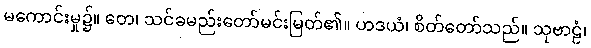
မကောင်းမှု၌။ တေ၊ သင်ခမည်းတော်မင်းမြတ်၏။ ဟဒယံ၊ စိတ်တော်သည်။ သုဗာဠံ၊